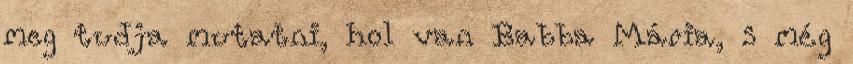
meg tudja mutatni, hol van Babba Mária, s még